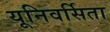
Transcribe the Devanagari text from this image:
यूनिवर्सिता